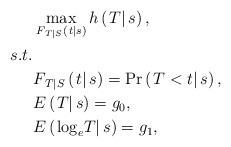
\begin{align*}&\mathop {\max }\limits_{{F_{\left. T \right|S}}\left( {\left. t \right|s} \right)} h\left( {\left. T \right|s} \right),\\ s.t.&\\&{F_{\left. T \right|S}}\left( {\left. t \right|s} \right) = \Pr \left( {\left. {T < t} \right|s} \right),\\&E\left( {\left. T \right|s} \right) = {g_0},\\&E\left( {\left. {{{\log }_e}T} \right|s} \right) = {g_1},\end{align*}